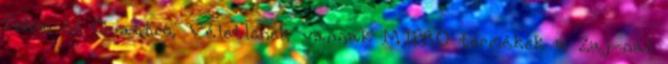
Primo és Quattro. Véletlenek vannak MIPRO termékek a Zaj-nál